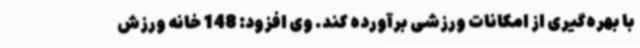
با بهره‌گیری از امکانات ورزشی برآورده کند. وی افزود: 148 خانه ورزش